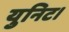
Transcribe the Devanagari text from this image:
युनिट।